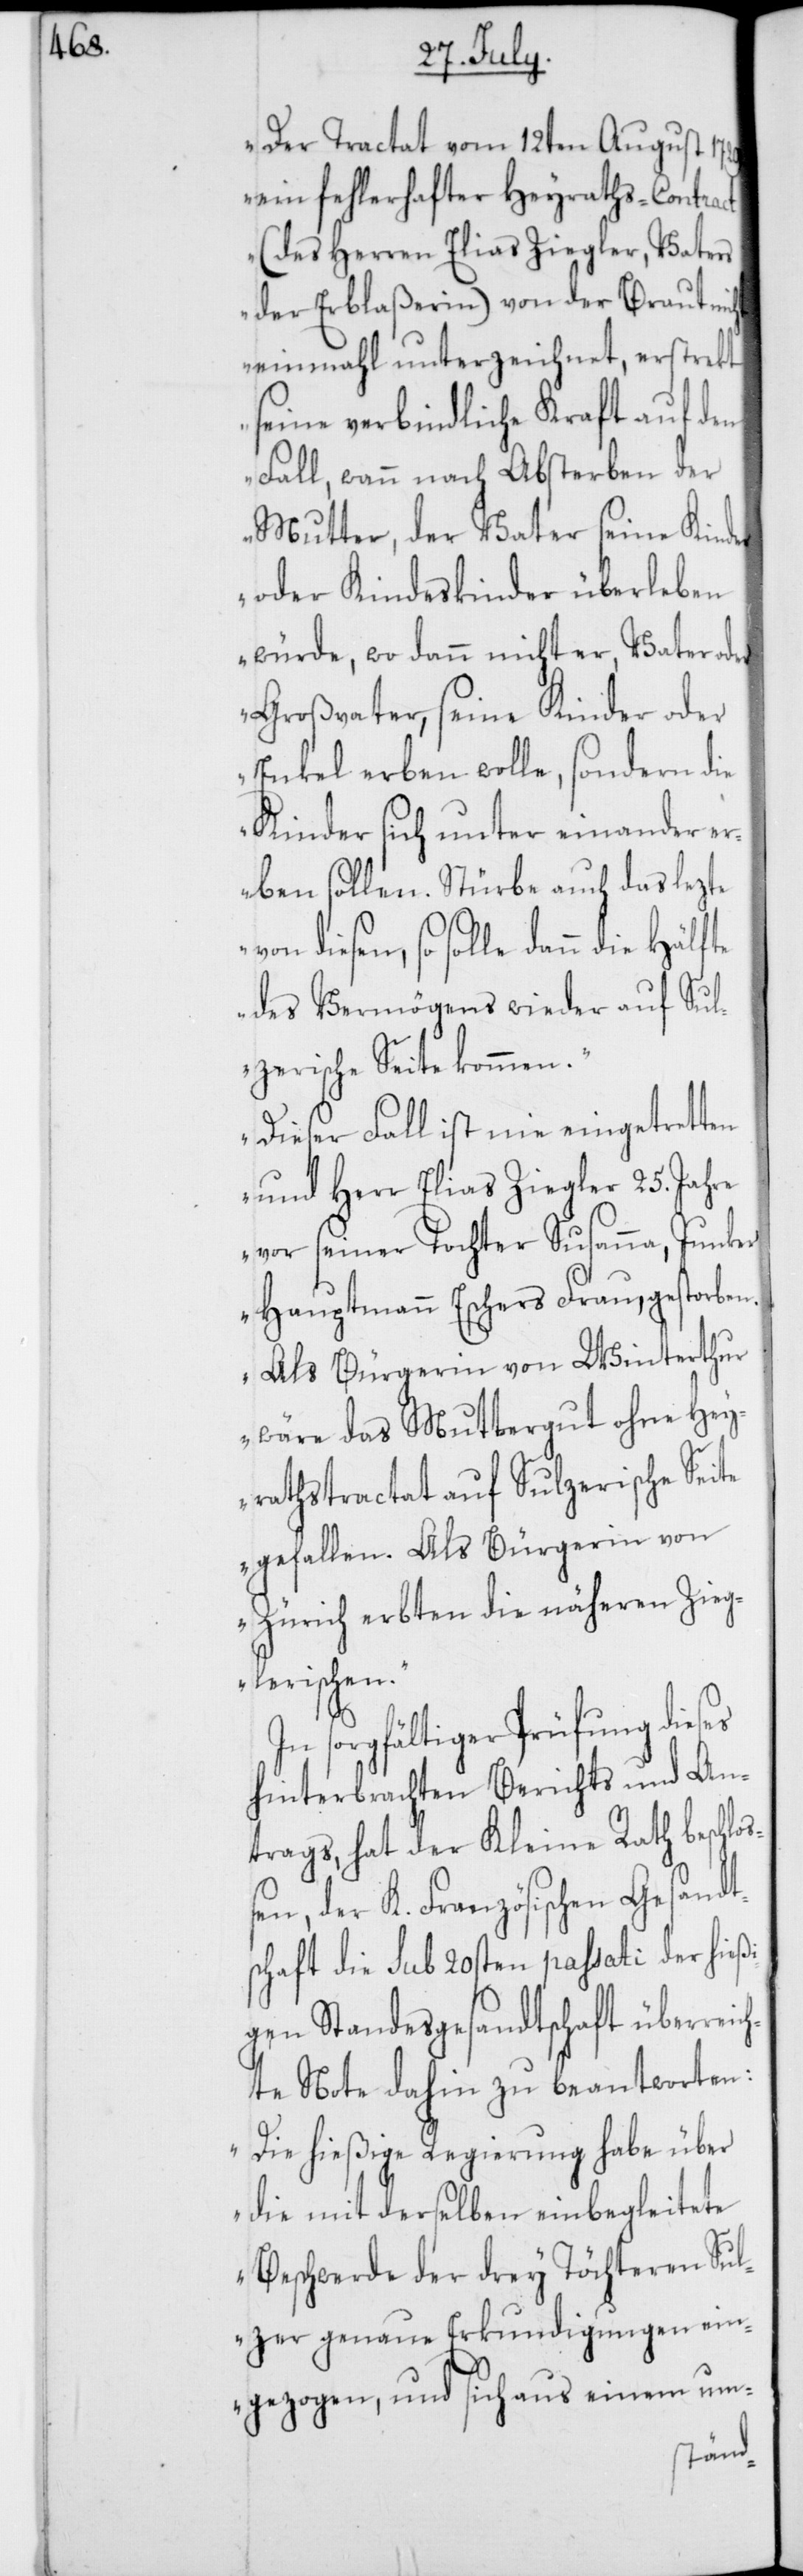
„Der Tractat vom 12ten August 1729.
ein fehlerhafter Heyraths-Contract
(des Herren Elias Ziegler, Vaters
der Erblaßerin) von der Braut nicht
einmahl unterzeichnet, erstrekt
seine verbindliche Kraft auf den
Fall, wann nach Absterben der
Mutter, der Vater seine Kinder
oder Kindeskinder überleben
würde, wo dann nicht er, Vater oder
Großvater, seine Kinder oder
Enkel erben wolle, sondern die
Kinder sich unter einander er¬
ben sollten. Stürbe auch das lezte
so solle dann die Hälfte
des Vermögens wieder auf Sul¬
zerische Seite kommen.
Dieser Fall ist nie eingetretten
und Herr Elias Ziegler 25. Jahre
vor seiner Tochter Susanna, Junker
Hauptmann Eschers Frau, gestorben.
Als Bürgerin von Winterthur
wäre das Muttergut ohne Hey¬
rathstractat auf Sulzerische Seite
gefallen. Als Bürgerin von
Zürich erbten die näheren Zieg¬
lerischen.“
sorgfältiger Prüfung dieses
hinterbrachten Berichts und An¬
trags, hat der Kleine Rath beschlo¬
ßen, der K. Französischen Gesandt¬
schaft die sub 20sten passati der hieß¬
igen Standesgesandtschaft überreic¬
hte Note dahin zu beantworten:
„Die hießige Regierung habe über
die mit derselben einbegleitete
Beschwerde der drey Töchteren Sul¬
zer genaue Erkundigungen ein¬
gezogen, und sich aus einem um-